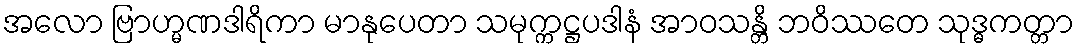
အလော ဗြာဟ္မဏဒါရိကာ မာနုပေတာ သမုက္ကဋ္ဌပဒါနံ အာဝသန္တိ ဘဝိဿတေ သုဒ္ဓကတ္တာ